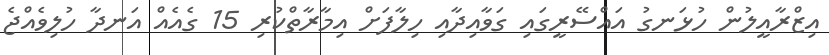
އިޒްރާއީލުން ހުޅަނގު އައްސޭރީގައި ގަވާއިދާއި ހިލާފަށް އިމާރާތްކުރި 15 ގެއެއް އަނދާ ހުލިވެއްޖެ